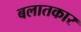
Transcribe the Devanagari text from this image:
बलातकार